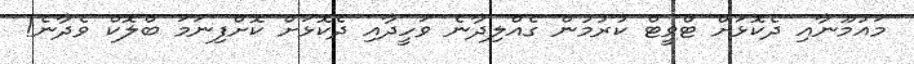
މައުމޫނާއި ދެކޮޅަށް ޓްވީޓް ކުރުމުން ގެއްލިދާނެ ވަހީދާއި ދެކޮޅަށް ކޮށްފިނަމަ ބްލޮކް ވެދާނެ!